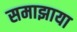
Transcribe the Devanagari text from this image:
समाझाया